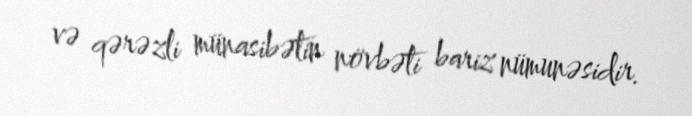
və qərəzli münasibətin növbəti bariz nümunəsidir.